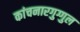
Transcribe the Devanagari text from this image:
कांचनारगुग्गुल